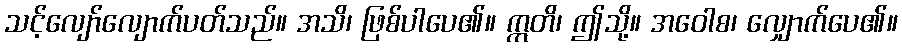
သင့်လျော်လျောက်ပတ်သည်။ အသိ၊ ဖြစ်ပါပေ၏။ ဣတိ၊ ဤသို့။ အဝေါစ၊ လျှောက်ပေ၏။